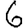
Digit: 6